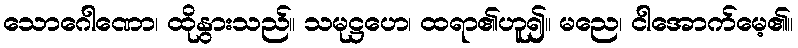
သောဂေါဏော၊ ထိုနွားသည်။ သမုဋ္ဌဟေ၊ ထရာ၏ဟူ၍။ မညေ၊ ငါအောက်မေ့၏။